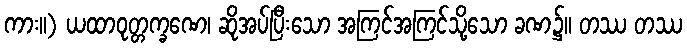
ကား။) ယထာဝုတ္တက္ခဏေ၊ ဆိုအပ်ပြီးသော အကြင်အကြင်သို့သော ခဏ၌။ တဿ တဿ